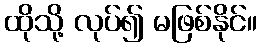
ထိုသို့ လုပ်၍ မဖြစ်နိုင်။